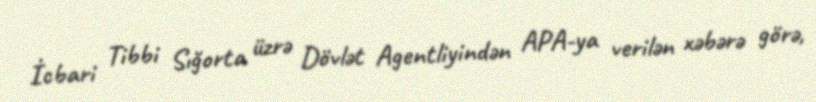
İcbari Tibbi Sığorta üzrə Dövlət Agentliyindən APA-ya verilən xəbərə görə,